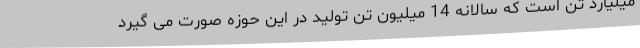
میلیارد تن است که سالانه 14 میلیون تن تولید در این حوزه صورت می گیرد